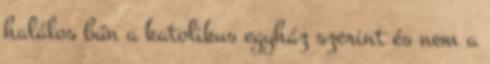
halálos bűn a katolikus egyház szerint és nem a